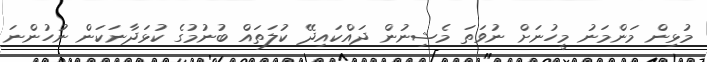
މުޅިން މަންމަނު މީހުނަށް ނުވަތަ މެޝިނުން ދައްކައިދޭ ކުލަތައް ބުނުމުގެ ކުޅަދާނަކަން ނުހުންނަ